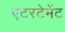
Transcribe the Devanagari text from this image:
एंटरटेमेंट